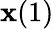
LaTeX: \mathbf{x}(1)